Vaccine operations Central Provinces 1868-1885 - 1868-1885
Year: 1868
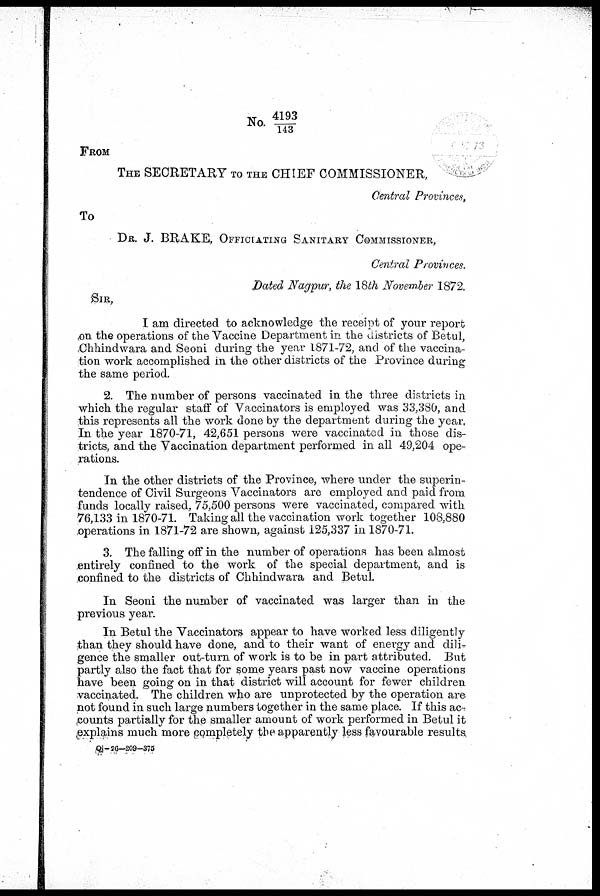
No. 4193/ 143
FROM
THE SECRETARY TO THE CHIEF COMMISSIONER,
Central Provinces,
To
DR. J. BRAKE, OFFICIATING SANITARY COMMISSIONER,
Central Provinces.
Dated Nagpur, the 18th November 1872.
SIR,
I am directed to acknowledge the receipt of your report
on the operations of the Vaccine Department in the districts of Betul,
.Chhindwara and Seoni during the year 1871-72, and of the vaccina-
tion work accomplished in the other districts of the Province during
the same period.
2. The number of persons vaccinated in the three districts in
which the regular staff of Vaccinators is employed was 33,380, and
this represents all the work done by the department during the year,
In the year 1870-71, 42,651 persons were vaccinated in those dis-
tricts, and the Vaccination department performed in all 49,204 ope-
rations.
In the other districts of the Province, where under the superin-
tendence of Civil Surgeons Vaccinators are employed and paid from
funds locally raised, 75,500 persons were vaccinated, compared with
76,133 in 1870-71. Taking all the vaccination work together 108,880
operations in 1871-72 are shown, against 125,337 in 1870-71.
3. The falling off in the number of operations has been almost
entirely confined to the work of the special department, and is
confined to the districts of Chhindwara and Betul.
In Seoni the number of vaccinated was larger than in the
previous year.
In Betul the Vaccinators appear to have worked less diligently
than they should have done, and to their want of energy and dili-
gence the smaller out-turn of work is to be in part attributed. But
partly also the fact that for some years past now vaccine operations
have been going on in that district will account for fewer children
vaccinated. The children who are unprotected by the operation are
not found in such large numbers together in the same place. If this ac¬
counts partially for the smaller amount of work performed in Betul it
explains much more completely the apparently less favourable results,
Qj-26—209-375